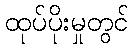
ထုပ်ပိုးမှုတွင်